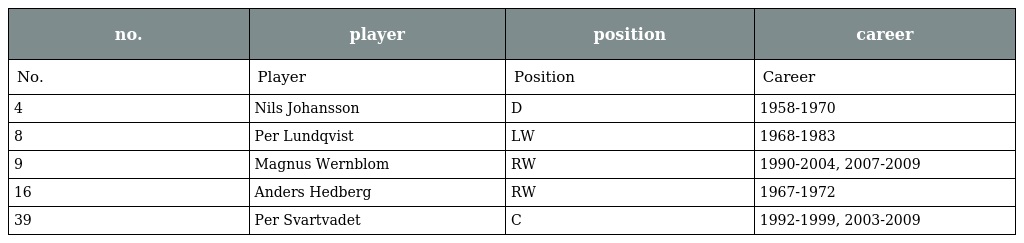
| no. | player | position | career |
 | --- | --- | --- | --- |
 | No. | Player | Position | Career |
 | 4 | Nils Johansson | D | 1958-1970 |
 | 8 | Per Lundqvist | LW | 1968-1983 |
 | 9 | Magnus Wernblom | RW | 1990-2004, 2007-2009 |
 | 16 | Anders Hedberg | RW | 1967-1972 |
 | 39 | Per Svartvadet | C | 1992-1999, 2003-2009 |